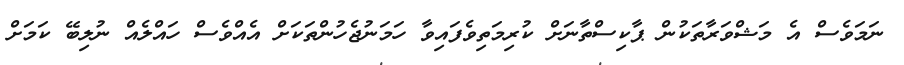
ނަމަވެސް އެ މަޝްވަރާތަކުން ޕާކިސްތާނަށް ކުރިމަތިވެފައިވާ ހަމަނުޖެހުންތަކަށް އެއްވެސް ހައްލެއް ނުލިބޭ ކަމަށް